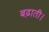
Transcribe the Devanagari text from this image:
बढ़ाती।